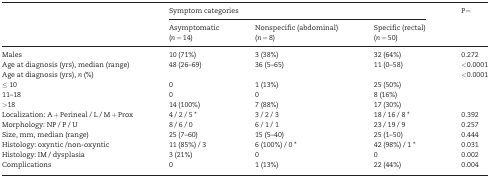
<table><thead><tr><td rowspan="2"></td><td colspan="3"><b>Symptom categories</b></td><td rowspan="2"><b>P=</b></td></tr><tr><td><b>Asymptomatic</b></td><td><b>Nonspecific (abdominal)</b></td><td><b>Specific (rectal)</b></td></tr><tr><td></td><td><b>(<i>n</i> = 14)</b></td><td><b>(<i>n</i> = 8)</b></td><td><b>(<i>n = </i>50)</b></td><td></td></tr></thead><tbody><tr><td>Males</td><td>10 (71%)</td><td>3 (38%)</td><td>32 (64%)</td><td>0.272</td></tr><tr><td>Age at diagnosis (yrs), median (range)</td><td>48 (26–69)</td><td>36 (5–65)</td><td>11 (0–58)</td><td>&lt;0.0001</td></tr><tr><td>Age at diagnosis (yrs), <i>n</i> (%)</td><td></td><td></td><td></td><td>&lt;0.0001</td></tr><tr><td>≤ 10</td><td>0</td><td>1 (13%)</td><td>25 (50%)</td><td></td></tr><tr><td>11–18</td><td>0</td><td>0</td><td>8 (16%)</td><td></td></tr><tr><td>&gt;18</td><td>14 (100%)</td><td>7 (88%)</td><td>17 (30%)</td><td></td></tr><tr><td>Localization: A + Perineal / L / M + Prox</td><td>4 / 2 / 5 ∗</td><td>3 / 2 / 3</td><td>18 / 16 / 8 ∗</td><td>0.392</td></tr><tr><td>Morphology: NP / P / U</td><td>8 / 6 / 0</td><td>6 / 1 / 1</td><td>23 / 19 / 9</td><td>0.257</td></tr><tr><td>Size, mm, median (range)</td><td>25 (7–60)</td><td>15 (5–40)</td><td>25 (1–50)</td><td>0.444</td></tr><tr><td>Histology: oxyntic /non-oxyntic</td><td>11 (85%) / 3</td><td>6 (100%) / 0 ∗</td><td>42 (98%) / 1 ∗</td><td>0.031</td></tr><tr><td>Histology: IM / dysplasia</td><td>3 (21%)</td><td>0</td><td>0</td><td>0.002</td></tr><tr><td>Complications</td><td>0</td><td>1 (13%)</td><td>22 (44%)</td><td>0.004</td></tr></tbody></table>